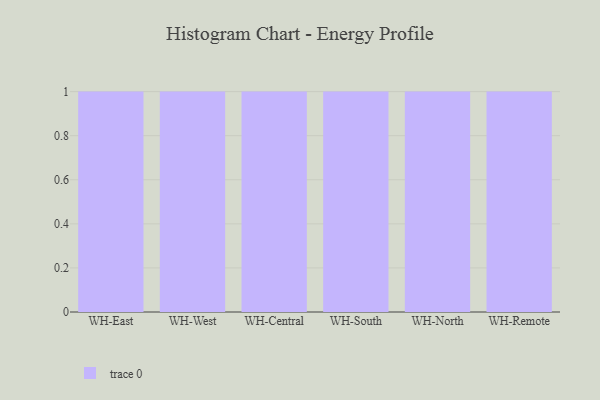
{"axis": {"x": "Warehouse", "y": "LTV (USD)"}, "legend": [""], "data": [{"x": "WH-East", "y": 95, "type": ""}, {"x": "WH-West", "y": 77, "type": ""}, {"x": "WH-Central", "y": 89, "type": ""}, {"x": "WH-South", "y": 84, "type": ""}, {"x": "WH-North", "y": 5, "type": ""}, {"x": "WH-Remote", "y": 64, "type": ""}]}